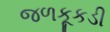
જળકૂકડી